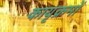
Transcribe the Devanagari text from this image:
कायृक्रमों